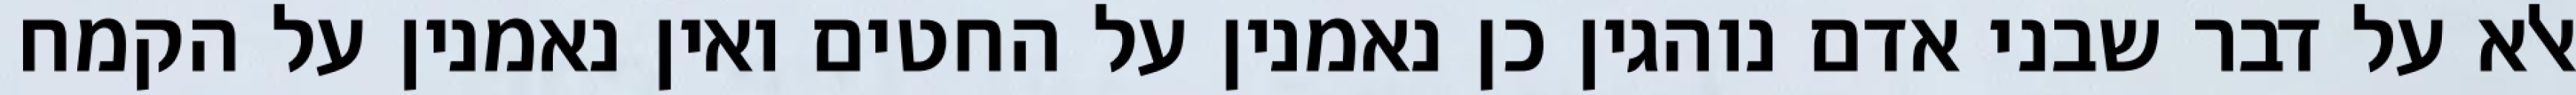
אלא על דבר שבני אדם נוהגין כן נאמנין על החטים ואין נאמנין על הקמח